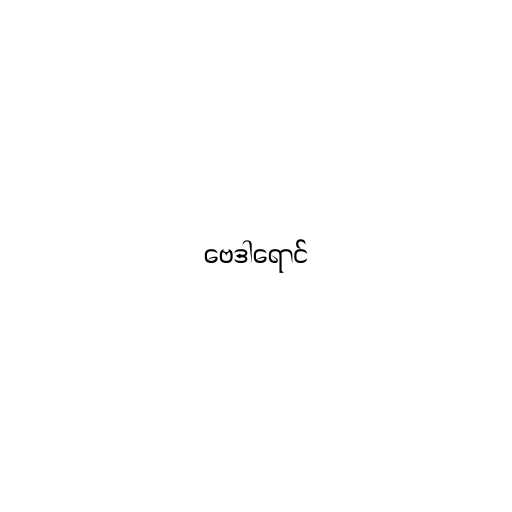
ဗေဒါရောင်